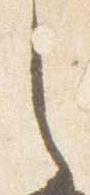
之